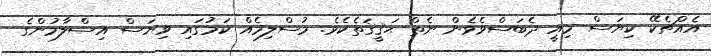
އެއްޗެކޭ ކިޔަސް މިއީ ދެބަސްވެވެން ނެތް ޙަޤީޤަތެކެވެ. މުސްލިމެއް ކަމުގައި ވިޔަސް އިސްލާމުންގެ